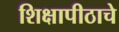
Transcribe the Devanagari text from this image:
शिक्षापीठाचे